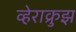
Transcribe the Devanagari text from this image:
व्हेराक्रुझ